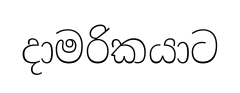
දාමරිකයාට